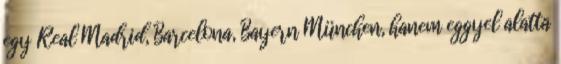
egy Real Madrid, Barcelona, Bayern München, hanem eggyel alatta